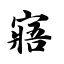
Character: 寤